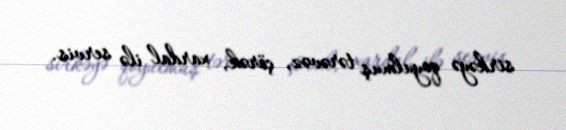
sirkəyə qoyulmuş tərəvəz, çörək, xardal ilə servis.